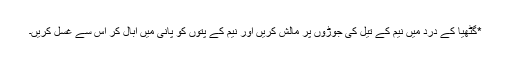
*گٹھیا کے درد میں نیم کے تیل کی جوڑوں پر مالش کریں اور نیم کے پتوں کو پانی میں ابال کر اس سے غسل کریں۔